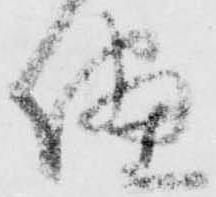
儘